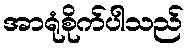
အာရုံစိုက်ပါသည်